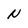
Character: N